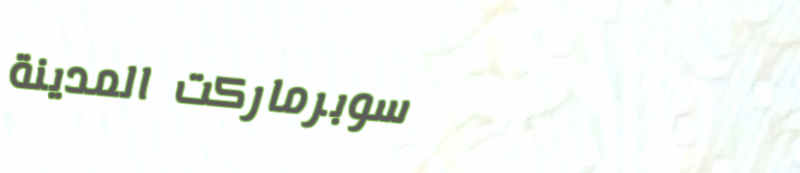
سوبرماركت المدينة